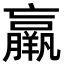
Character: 羸